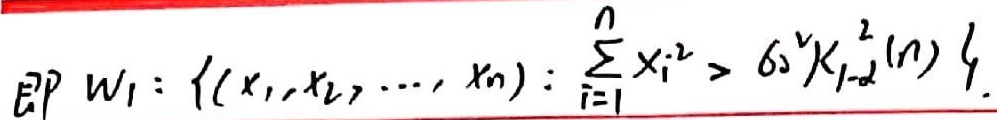
即 \(W_1 = \left\{(x_1,x_2,\cdots,x_n): \sum_{i = 1}^{n} x_i^{2} > \sigma^{2}\chi_{1 - \alpha}^{2}(n)\right\}\)